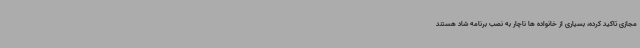
مجازی تاکید کرده، بسیاری از خانواده ها ناچار به نصب برنامه شاد هستند